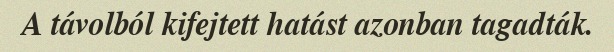
A távolból kifejtett hatást azonban tagadták.